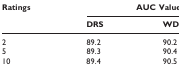
| Ratings | <COLSPAN=2> AUC Value(%) |
 |  | DRS | WDRS |
 | --- | --- | --- |
 | 2 | 89.2 | 90.2 |
 | 5 | 89.3 | 90.4 |
 | 10 | 89.4 | 90.5 |